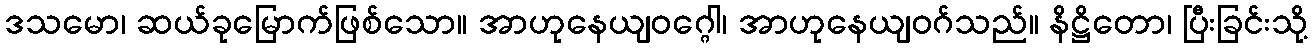
ဒသမော၊ ဆယ်ခုမြောက်ဖြစ်သော။ အာဟုနေယျဝဂ္ဂေါ၊ အာဟုနေယျဝဂ်သည်။ နိဋ္ဌိတော၊ ပြီးခြင်းသို့